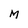
Character: M